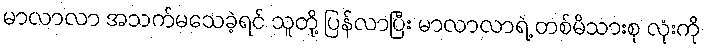
မာလာလာ အသက်မသေခဲ့ရင် သူတို့ ပြန်လာပြီး မာလာလာရဲ့ တစ်မိသားစု လုံးကို